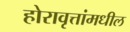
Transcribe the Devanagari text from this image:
होरावृत्तांमधील